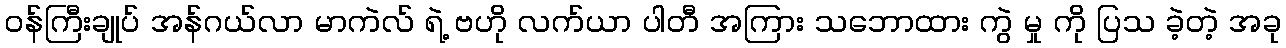
ဝန်ကြီးချုပ် အန်ဂယ်လာ မာကဲလ် ရဲ့ ဗဟို လက်ယာ ပါတီ အကြား သဘောထား ကွဲ မှု ကို ပြသ ခဲ့တဲ့ အခု